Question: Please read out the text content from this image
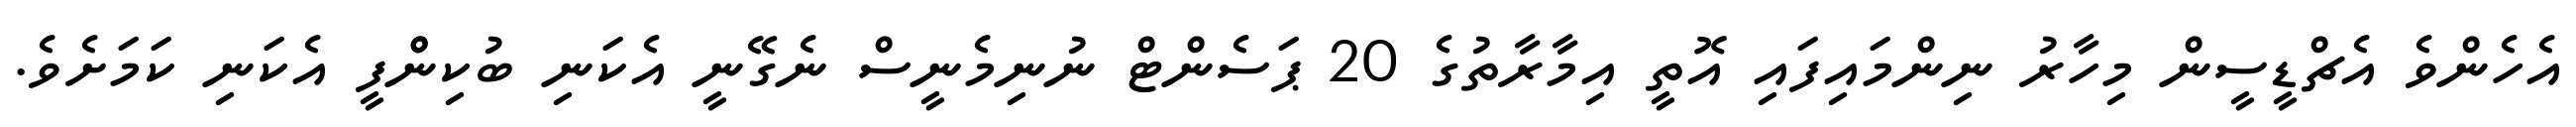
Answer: އެހެންވެ އެޗްޑީސީން މިހާރު ނިންމައިފައި އޮތީ އިމާރާތުގެ 20 ޕަސެންޓް ނުނިމެނީސް ނެގޭނީ އެކަނި ބުކިންްފީ އެކަނި ކަމަށެވެ.